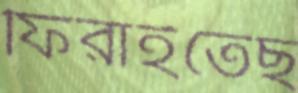
ফিরাইতেছ